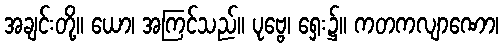
အချင်းတို့။ ယော၊ အကြင်သည်။ ပုဗ္ဗေ၊ ရှေး၌။ ကတကလျာဏော၊